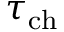
\tau _ { \mathrm { c h } }